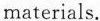
materials.